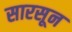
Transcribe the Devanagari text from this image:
सारसून